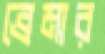
ব্রেমার